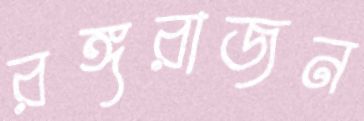
রঙ্গরাজন